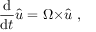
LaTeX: { \frac { \mathrm { d } } { \mathrm { d } t } } { \hat { \boldsymbol { u } } } = { \boldsymbol { \Omega \times } } { \hat { \boldsymbol { u } } } \ ,